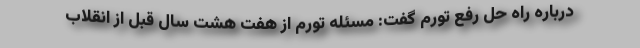
درباره راه حل رفع تورم گفت: مسئله تورم از هفت هشت سال قبل از انقلاب